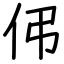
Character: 伄